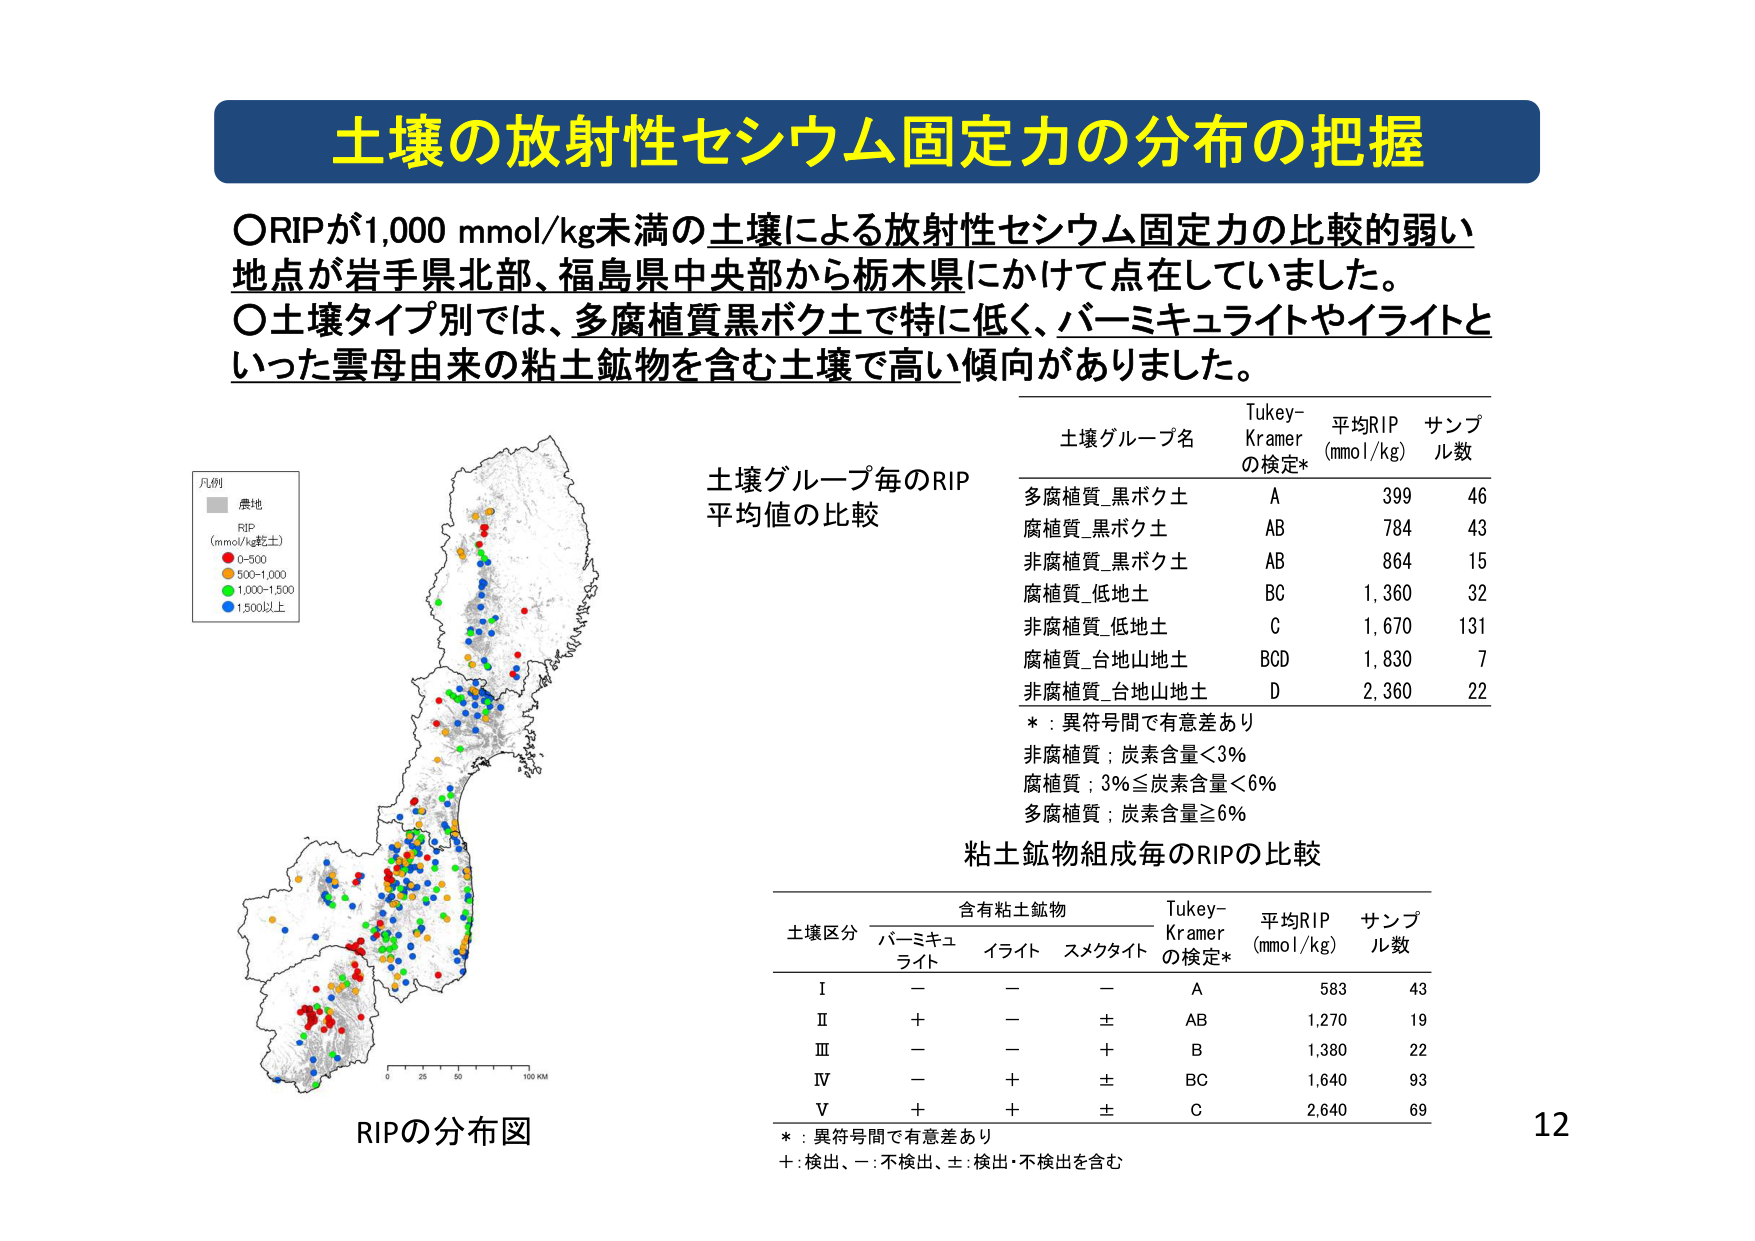
土壌の放射性セシウム固定力の分布の把握

○RIPが1,000 mmol/kg未満の土壌による放射性セシウム固定力の比較的弱い地点が岩手県北部、福島県中央部から栃木県にかけて点在していました。
○土壌タイプ別では、多腐植質黒ボク土で特に低く、バーミキュライトやイライトといった雲母由来の粘土鉱物を含む土壌で高い傾向がありました。

凡例
　県地
　RIP
　(mm ol/kg乾土)
　● 0-500
　● 500-1,000
　● 1,000-1,500
　● 1,500以上

RIPの分布図

土壌グループ毎のRIP
平均値の比較

土壌グループ名　Tukey-Kramerの検定*　平均RIP (mmol/kg)　サンプル数
多腐植質_黒ボク土　A　399　46
腐植質_黒ボク土　AB　784　43
非腐植質_黒ボク土　AB　864　15
腐植質_低地土　BC　1,360　32
非腐植質_低地土　C　1,670　131
腐植質_台地山地土　BCD　1,830　7
非腐植質_台地山地土　D　2,360　22

*：異符号間で有意差あり
非腐植質；炭素含量＜3%
腐植質；3%≦炭素含量＜6%
多腐植質；炭素含量≧6%

粘土鉱物組成毎のRIPの比較

土壌区分　含有粘土鉱物　Tukey-Kramerの検定*　平均RIP (mmol/kg)　サンプル数
　　　　　バーミキュライト　イライト　スメクタイト
I　　　　　－　　　　　－　　　－　　　A　583　43
II　　　　　＋　　　　　－　　　±　　　AB　1,270　19
III　　　　　－　　　　　－　　　＋　　　B　1,380　22
IV　　　　　－　　　　　＋　　　±　　　BC　1,640　93
V　　　　　＋　　　　　＋　　　±　　　C　2,640　69

*：異符号間で有意差あり
＋：検出、－：不検出、±：検出・不検出を含む

12